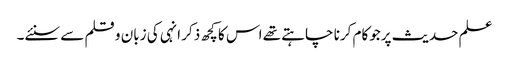
علم حدیث پرجوکام کرنا چاہتے تھے اس کا کچھ ذکر انہی کی زبان و قلم سے سنئے۔